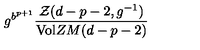
g ^ { b ^ { p + 1 } } \frac { { \cal { Z } } ( d - p - 2 , g ^ { - 1 } ) } { \mathrm { V o l } Z M ( d - p - 2 ) }